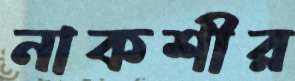
নাকশীর